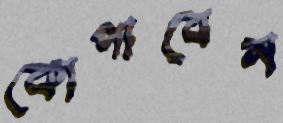
কোপাবেন